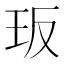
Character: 𭸸